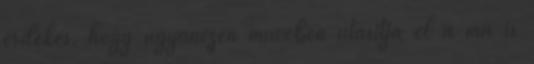
érdekes, hogy ugyanezen művében utasítja el a ma is